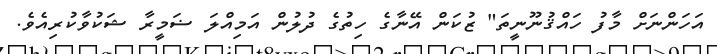
އަހަންނަށް މާފު ހައްޤުނޫނީތަ" ޒުކަން އޭނާގެ ހިތުގެ ދުލުން އަމިއްލަ ޟަމީރާ ޝަކުވާކުރިއެވެ.